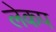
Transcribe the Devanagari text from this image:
लेकप